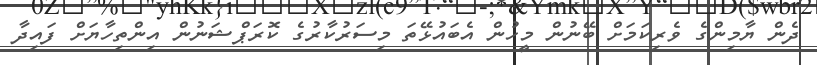
ދެން ޔާމިންގެ ވެރިކަމަށް ބޭނުން މީހުން އެބައުޅޭތަ މިސަރުކާރުގެ ކޮރަޕްޝަނުން އިންތިހާޔަށް ފައިދާ